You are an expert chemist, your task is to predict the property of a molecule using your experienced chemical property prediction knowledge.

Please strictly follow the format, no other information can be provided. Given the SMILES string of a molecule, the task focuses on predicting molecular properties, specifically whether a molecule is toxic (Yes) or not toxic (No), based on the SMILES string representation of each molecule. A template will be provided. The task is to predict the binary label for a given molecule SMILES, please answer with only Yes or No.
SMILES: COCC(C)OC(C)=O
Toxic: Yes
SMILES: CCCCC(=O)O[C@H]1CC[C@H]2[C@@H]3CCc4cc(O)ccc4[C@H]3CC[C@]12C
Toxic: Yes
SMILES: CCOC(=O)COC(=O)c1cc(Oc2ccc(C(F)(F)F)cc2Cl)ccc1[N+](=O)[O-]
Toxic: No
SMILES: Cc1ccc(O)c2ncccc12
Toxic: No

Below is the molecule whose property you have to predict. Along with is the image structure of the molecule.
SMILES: O=C(O)c1cccc(C(F)(F)F)c1
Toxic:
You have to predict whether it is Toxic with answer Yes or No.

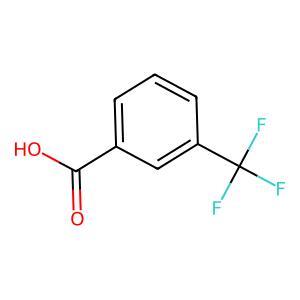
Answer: No